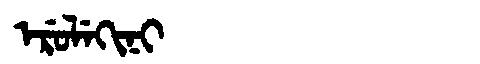
Manchu: ᡝᡵᡠᠯᡝᡴᡳᠨᡳ
Romanization: ERULEKINI